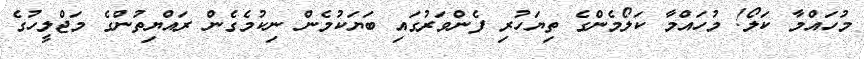
މުހައްމާ ކަލޯ! މުހައްމާ ކަލޯމެންގެ ތިޔަހުރި ފެންވަރުގައި ބަޔަކުމެން ނިކުމެގެން ރައްޔިތުންގެ މަޖްލީހުގެ